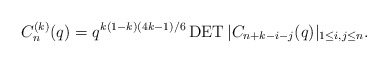
\begin{gather*}C_n^{(k)}(q)= q^{k(1-k)(4k-1)/6} \operatorname{DET} | C_{n+k-i-j}(q) |_{1 \le i,j \le n} .\end{gather*}